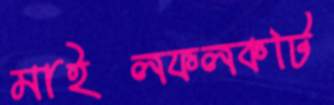
মাইলফলকটি